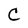
Character: C